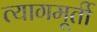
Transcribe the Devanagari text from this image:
त्यागमूर्ती